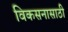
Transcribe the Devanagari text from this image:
विकसनासाठी